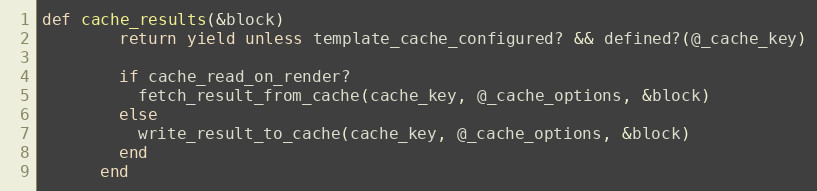
Language: Ruby
def cache_results(&block)
        return yield unless template_cache_configured? && defined?(@_cache_key)

        if cache_read_on_render?
          fetch_result_from_cache(cache_key, @_cache_options, &block)
        else
          write_result_to_cache(cache_key, @_cache_options, &block)
        end
      end